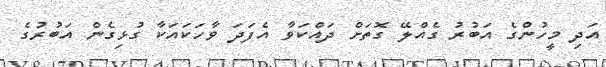
އަދި މީހުންގެ އަބުރު ގެއްލޭ ގޮތަށް ދައްކަވާ އެފަދަ ވާހަކައަކާ ގުޅިގެން އަބުރުގެ